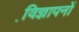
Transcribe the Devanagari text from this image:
वि़ज्ञापनों